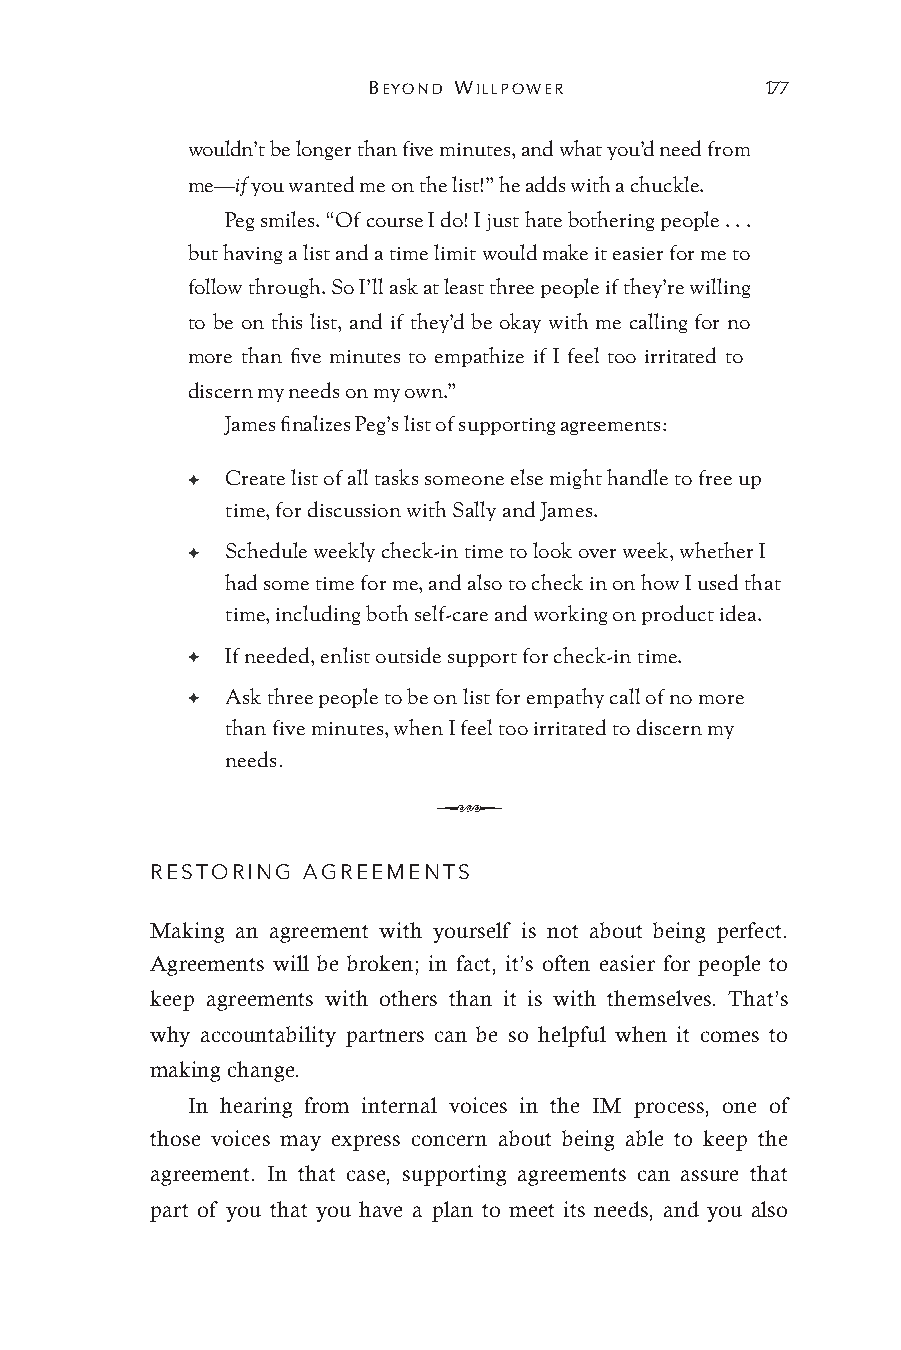
BEYOND WILLPOWER           177
 wouldn’t be longer than five minutes, and what you’d need from
 me—if you wanted me on the list!” he adds with a chuckle.
 Peg smiles. “Of course I do! I just hate bothering people . . .
 but having a list and a time limit would make it easier for me to
 follow through. So I’ll ask at least three people if they’re willing
 to be on this list, and if they’d be okay with me calling for no
 more than five minutes to empathize if I feel too irritated to
 discern my needs on my own.”
 James finalizes Peg’s list of supporting agreements:
 ✦  Create list of all tasks someone else might handle to free up
 time, for discussion with Sally and James.
 ✦  Schedule weekly check-in time to look over week, whether I
 had some time for me, and also to check in on how I used that
 time, including both self-care and working on product idea.
 ✦  If needed, enlist outside support for check-in time.
 ✦  Ask three people to be on list for empathy call of no more
 than five minutes, when I feel too irritated to discern my
 needs.
 Q
 RESTORING AGREEMENTS
 Making an agreement with yourself is not about being perfect.
 Agreements will be broken; in fact, it’s often easier for people to
 keep agreements with others than it is with themselves. That’s
 why accountability partners can be so helpful when it comes to
 making change.
 In hearing from internal voices in the IM process, one of
 those voices may express concern about being able to keep the
 agreement. In that case, supporting agreements can assure that
 part of you that you have a plan to meet its needs, and you also